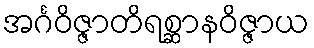
အင်္ဂဝိဇ္ဇာတိရစ္ဆာနဝိဇ္ဇာယ